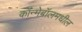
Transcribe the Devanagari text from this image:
कॉन्मेबॉलमधील